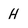
Character: H